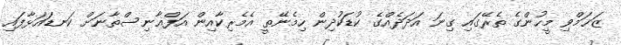
ޒަޚަމްވި މީހުންގެ ތެރޭގައި ގިނަ އަދަދެއްގެ ކުޑަކުދިން ހިމެނޭތީ އެމެރިކާއިން އަފްޣާނިސްތާނަށް ކަނޑައަޅާފައި